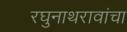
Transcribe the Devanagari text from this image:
रघुनाथरावांचा